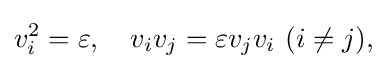
\displaystyle {v_{i}^{2}=\varepsilon ,\quad v_{i}v_{j}=\varepsilon v_{j}v_{i}\,\,(i\neq j),}